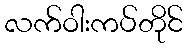
လက်ဝါးကပ်တိုင်